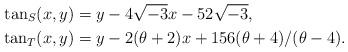
LaTeX: \begin{align*} \tan_S (x,y) &= y - 4 \sqrt{-3} x - 52 \sqrt{-3}, \\ \tan_T (x,y) &= y - 2 (\theta+2) x + 156 (\theta + 4)/(\theta - 4). \end{align*}